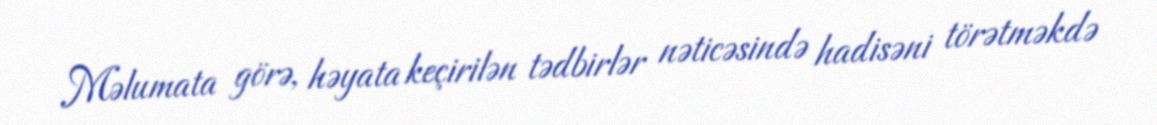
Məlumata görə, həyata keçirilən tədbirlər nəticəsində hadisəni törətməkdə